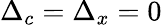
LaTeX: \Delta_{c}=\Delta_{x}=0